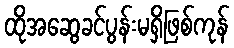
ထိုအဆွေခင်ပွန်းမရှိဖြစ်ကုန်